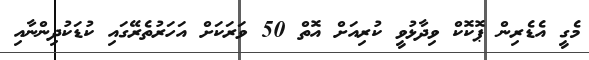
މެގީ އެޑެރިން ޕޮކޮކް ވިދާޅުވީ ކުރިއަށް އޮތް 50 ވަރަކަށް އަހަރުތެރޭގައި ކުޑަކުދިންނާއި